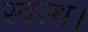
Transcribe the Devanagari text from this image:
स्वस्थ।